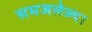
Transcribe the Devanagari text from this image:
समजलेल्या